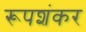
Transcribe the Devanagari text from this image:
रूपशंकर